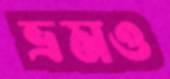
ভ্রমও